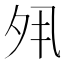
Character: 𡖊